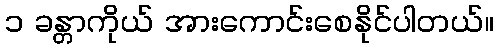
၁ ခန္တာကိုယ် အားကောင်းစေနိုင်ပါတယ်။